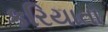
કરિયાતા